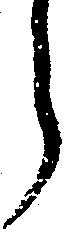
ら